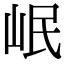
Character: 岷